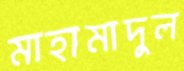
মাহামাদুল